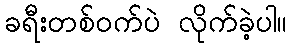
ခရီးတစ်ဝက်ပဲ လိုက်ခဲ့ပါ။